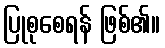
ပြုစုစေရန် ဖြစ်၏။